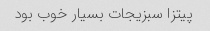
پیتزا سبزیجات بسیار خوب بود